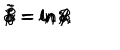
\tilde { \alpha } = \ln { \alpha } \hspace { 2 . 0 c m } \tilde { \beta } = \ln { \beta } \hspace { 2 . 0 c m } \tilde { \gamma } = \ln { \gamma } \hspace { 2 . 0 c m } \tilde { \delta } = \ln { \delta } ,